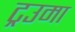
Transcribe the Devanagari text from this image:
ट्रउमा